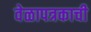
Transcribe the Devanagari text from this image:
वेळापत्रकाची